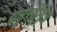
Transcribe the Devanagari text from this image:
प्रवृत्तींनीच